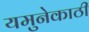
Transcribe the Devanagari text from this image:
यमुनेकाठी